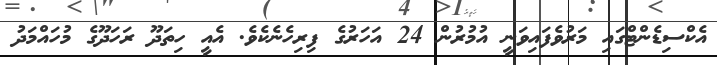
އެކްސިޑެންޓްގައި މަރުވެފައިވަނީ އުމުރުން 24 އަހަރުގެ ފިރިހެނެކެވެ. އެއީ ހިތަދޫ ރަހަދޫގެ މުހައްމަދު